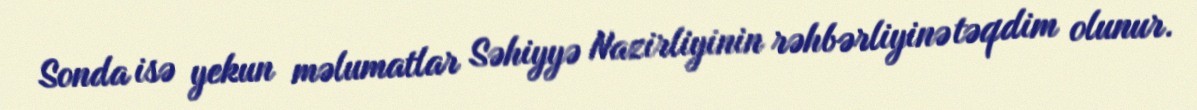
Sonda isə yekun məlumatlar Səhiyyə Nazirliyinin rəhbərliyinə təqdim olunur.